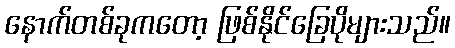
နောက်တစ်ခုကတော့ ဖြစ်နိုင်ခြေပိုများသည်။